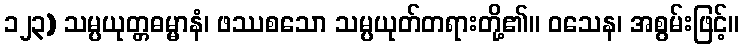
၁၂၃) သမ္ပယုတ္တဓမ္မာနံ၊ ဖဿစသော သမ္ပယုတ်တရားတို့၏။ ဝသေန၊ အစွမ်းဖြင့်။